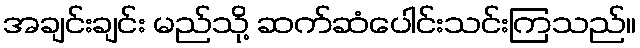
အချင်းချင်း မည်သို့ ဆက်ဆံပေါင်းသင်းကြသည်။